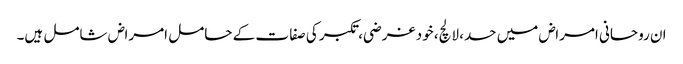
ان روحانی امراض میں حسد، لالچ، خود غرضی، تکبر کی صفا ت کے حامل امراض شامل ہیں۔